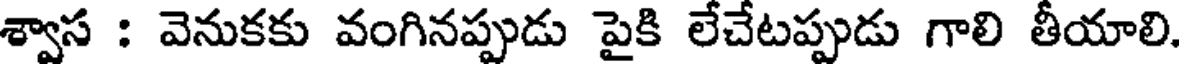
శ్వాస : వెనుకకు వంగినప్పుడు పైకి లేచేటప్పుడు గాలి తీయాలి